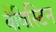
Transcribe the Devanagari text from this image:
बैविस्टिन